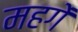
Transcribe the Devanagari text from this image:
महगें